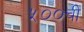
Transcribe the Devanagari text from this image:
५००ची